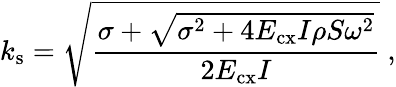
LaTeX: k_{\mathrm{s}}=\sqrt{\frac{\sigma+\sqrt{\sigma^{2}+4E_{\mathrm{cx}}I\rho S\omega^{2}}}{2E_{\mathrm{cx}}I}}~,